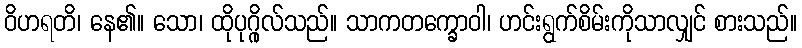
ဝိဟရတိ၊ နေ၏။ သော၊ ထိုပုဂ္ဂိုလ်သည်။ သာကတက္ခောဝါ၊ ဟင်းရွက်စိမ်းကိုသာလျှင် စားသည်။